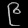
Digit: ၉